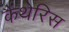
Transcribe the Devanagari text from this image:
कैंथेरिस